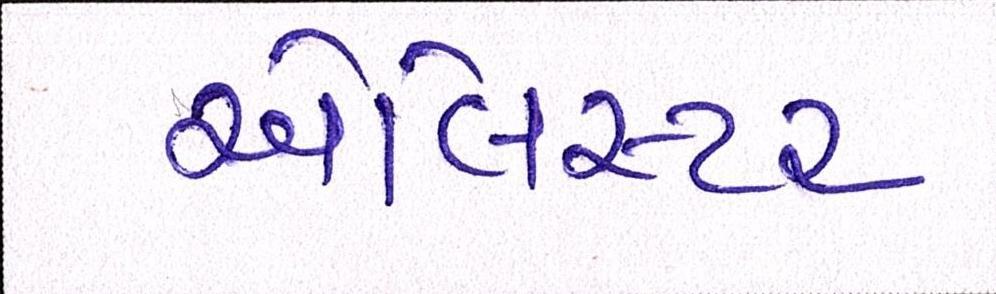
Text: એલિસ્ટર